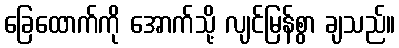
ခြေထောက်ကို အောက်သို့ လျင်မြန်စွာ ချသည်။